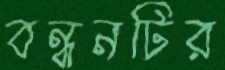
বন্ধনটির